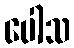
ပေါသ